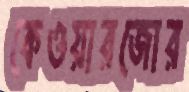
কেওয়ারজোর